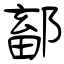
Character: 鄐